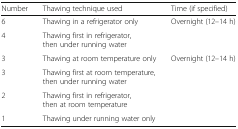
| Number | Thawing technique used | Time (if specified) |
 | --- | --- | --- |
 | 6 | Thawing in a refrigerator only | Overnight (12–14 h) |
 | 4 | Thawing first in refrigerator, then under running water |  |
 | 3 | Thawing at room temperature only | Overnight (12–14 h) |
 | 3 | Thawing first at room temperature, then under running water |  |
 | 2 | Thawing first in refrigerator, then at room temperature |  |
 | 1 | Thawing under running water only |  |